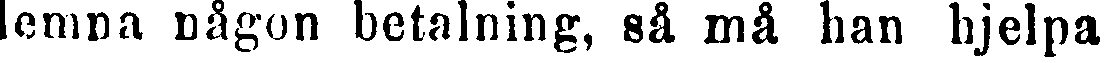
lemna någon betalning, så må han hjelpa